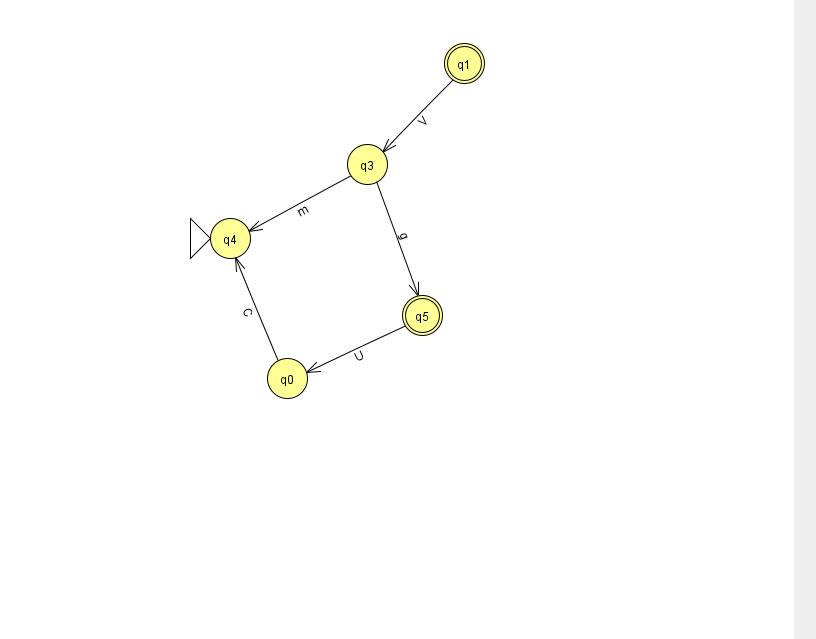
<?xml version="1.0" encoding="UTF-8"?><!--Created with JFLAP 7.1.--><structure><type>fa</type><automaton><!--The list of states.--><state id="0" name="q0"><x>287.0</x><y>365.0</y></state><state id="1" name="q1"><x>464.0</x><y>50.0</y><final/></state><state id="3" name="q3"><x>367.0</x><y>151.0</y></state><state id="4" name="q4"><x>230.0</x><y>225.0</y><initial/></state><state id="5" name="q5"><x>422.0</x><y>302.0</y><final/></state><!--The list of transitions.--><transition><from>3</from><to>5</to><read>g</read></transition><transition><from>3</from><to>4</to><read>m</read></transition><transition><from>5</from><to>0</to><read>U</read></transition><transition><from>0</from><to>4</to><read>C</read></transition><transition><from>1</from><to>3</to><read>V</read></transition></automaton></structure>